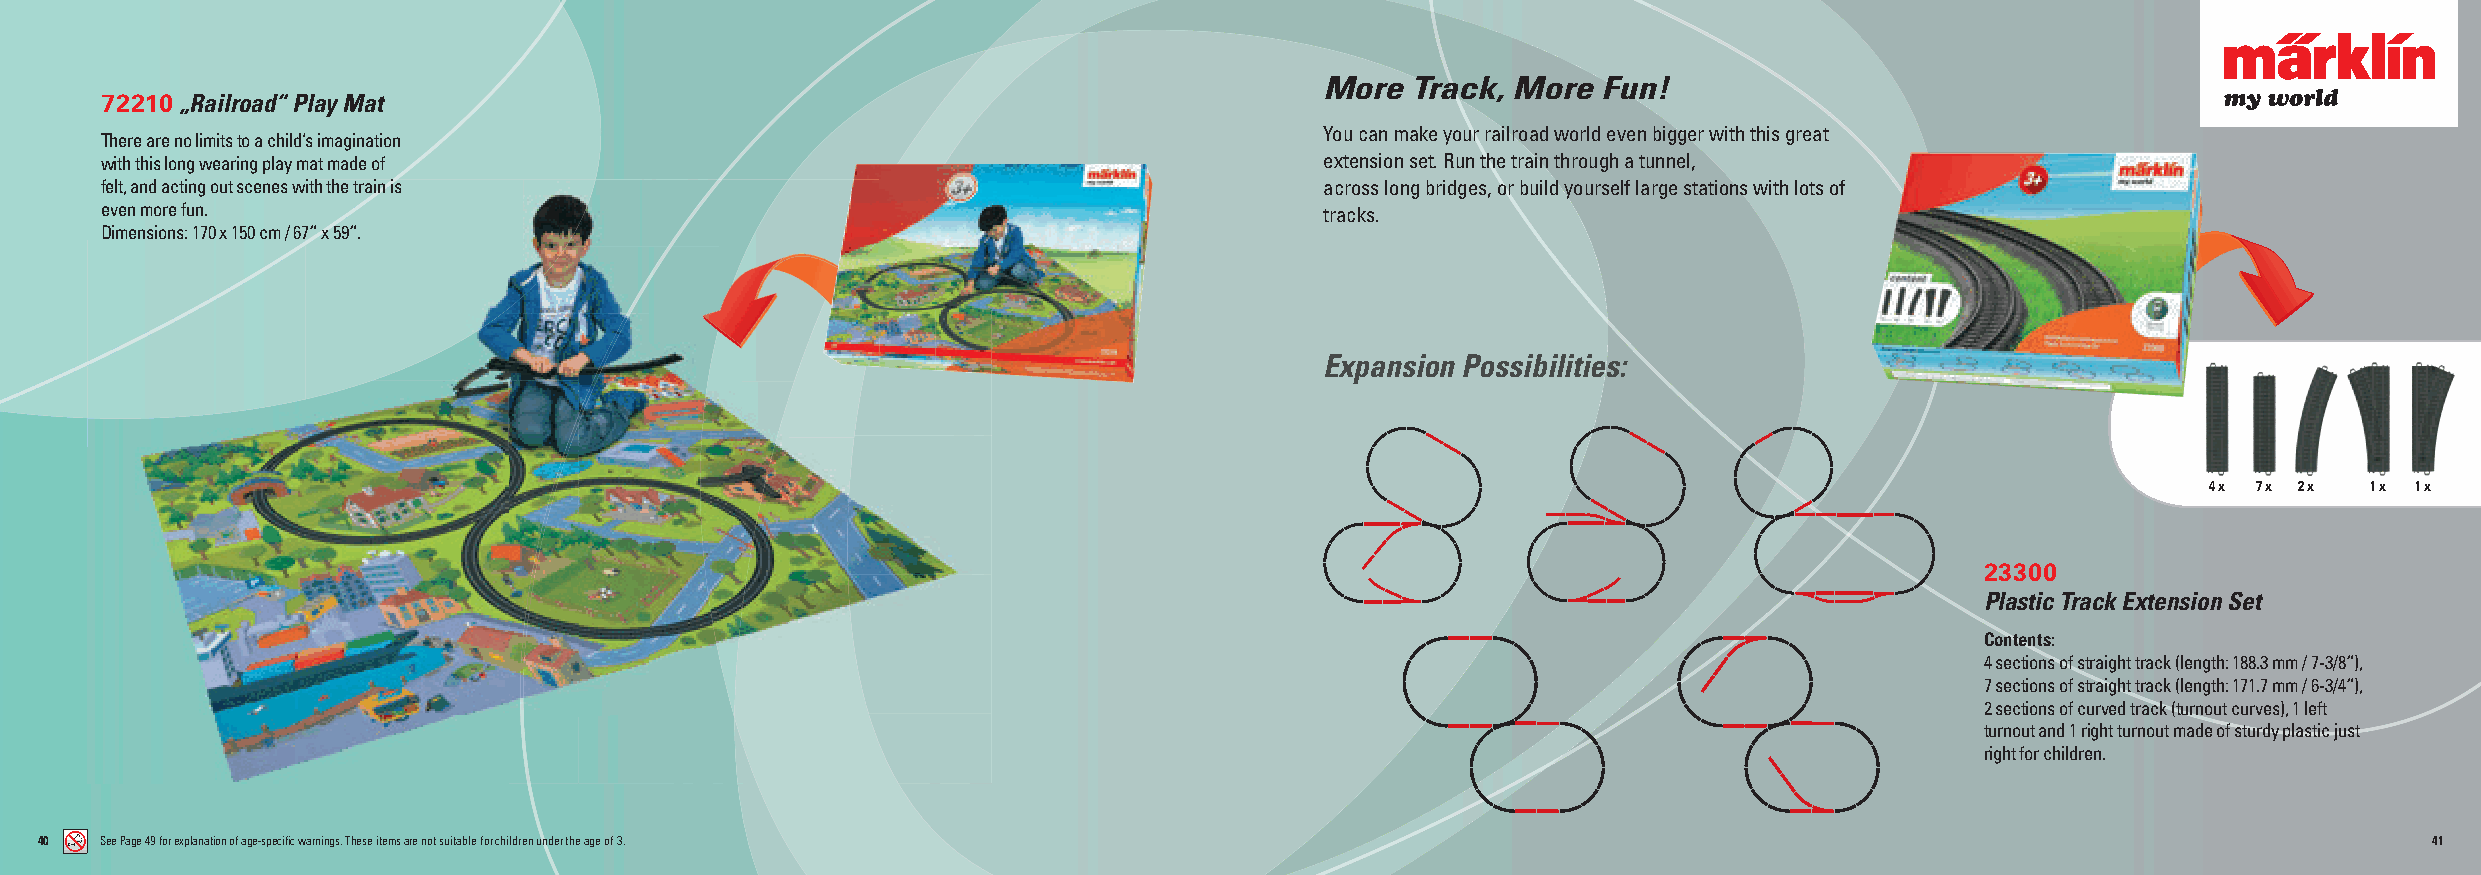
More Track, More  Fun!
 72210 „Railroad“ Play Mat
 You can make your railroad world even bigger with this great
 There are no limits to a child‘s imagination
 with this long wearing play mat made of                                          extension set. Run the train through a tunnel,
 felt, and acting out scenes with the train is                                    across long bridges, or build yourself large stations with lots of
 even more fun.                                                                   tracks.
 Dimensions: 170 x 150 cm / 67“ x 59“.
 Expansion Possibilities:
 4 x 7 x 2 x 1 x 1 x
 23300
 Plastic Track Extension Set
 Contents:
 4 sections of straight track (length: 188.3 mm / 7-3/8“),
 7 sections of straight track (length: 171.7 mm / 6-3/4“),
 2 sections of curved track (turnout curves), 1 left
 turnout and 1 right turnout made of sturdy plastic just
 right for children.
 40  See Page 49 for explanation of age-specifi c warnings. These items are not suitable for children under the age of 3.                                      41